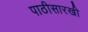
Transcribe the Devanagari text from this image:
पाठीसारखी